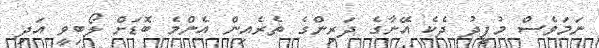
ނަމަވެސް މުފީދު ދެކެ އޭނާގެ ދަރިންގެ ތެރެއިން އެންމެ ބޮޑަށް ލޯބިވީ އަދި